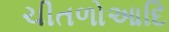
ચીતળોઆદિ